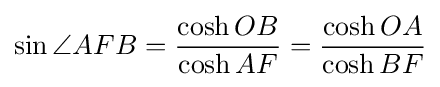
\sin \angle AFB={\frac {\cosh OB}{\cosh AF}}={\frac {\cosh OA}{\cosh BF}}